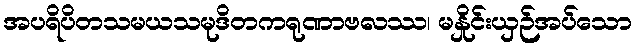
အပရိပိတသမယသမုဒိတကရုဏာဗလဿ၊ မနှိုင်းယှဉ်အပ်သော